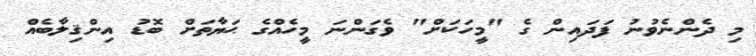
މި ދެންނެވުނު ފަދައިން ގެ "މީހަކަށް" ވެގަންނަ މީހެއްގެ ޙަޔާތަށް ބޮޑު އިންޤިލާބެއް